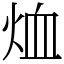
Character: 烅